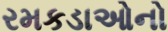
રમકડાઓનો